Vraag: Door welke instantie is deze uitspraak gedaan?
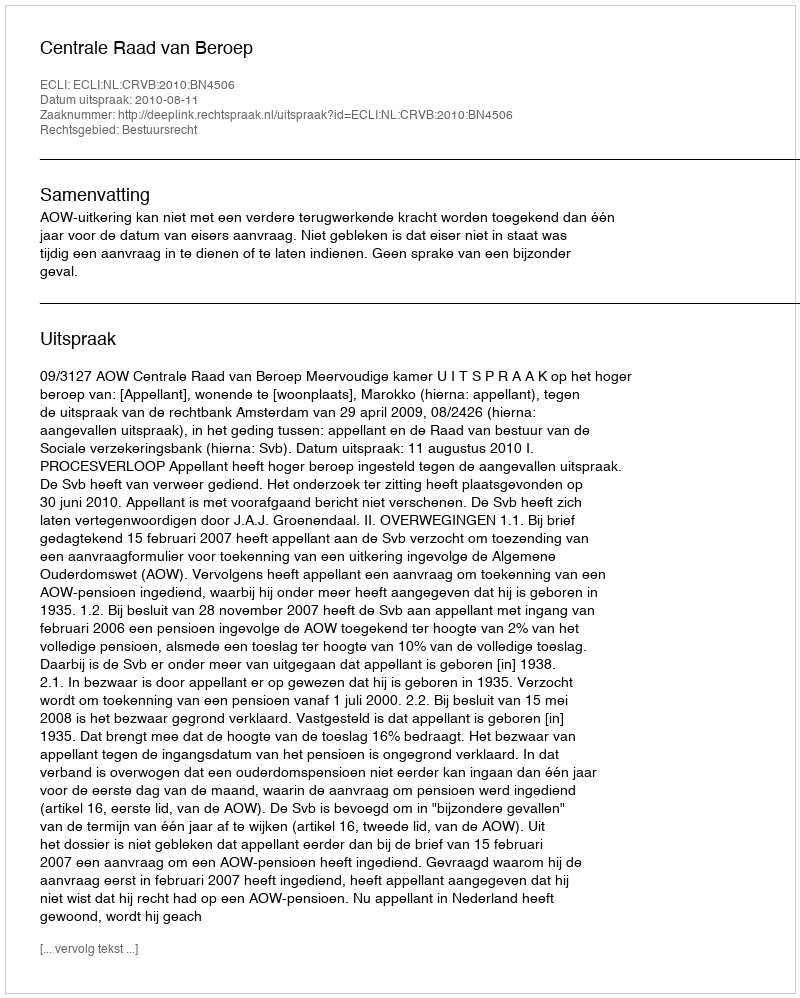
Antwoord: Centrale Raad van Beroep